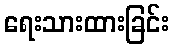
ရေးသားထားခြင်း